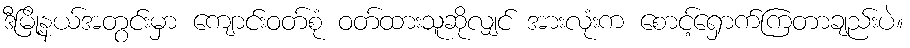
ဒီမြို့နယ်အတွင်းမှာ ကျောင်းဝတ်စုံ ဝတ်ထားသူဆိုလျှင် အားလုံးက စောင့်ရှောက်ကြတာချည်းပဲ။